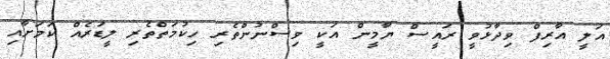
އަލީ އާރިފް ވިދާޅުވީ ރައީސް ޔާމީން އަކީ ވިސްނުންތެރި ހިކުމަތްތެރި ލީޑަރެއް ކަމަށާއި